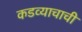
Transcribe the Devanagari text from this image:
कडव्याचाची